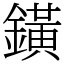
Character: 鐄